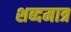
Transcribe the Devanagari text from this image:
शब्दमात्र